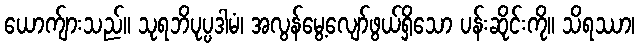
ယောက်ျားသည်။ သုရဘိပုပ္ပဒါမံ၊ အလွန်မွေ့လျော်ဖွယ်ရှိသော ပန်းဆိုင်းကို။ သိရဿာ၊